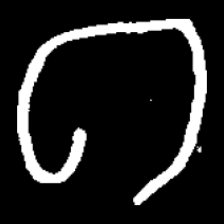
Pyu character \u2014 Myanmar letter: ဂ (romanized: ga)